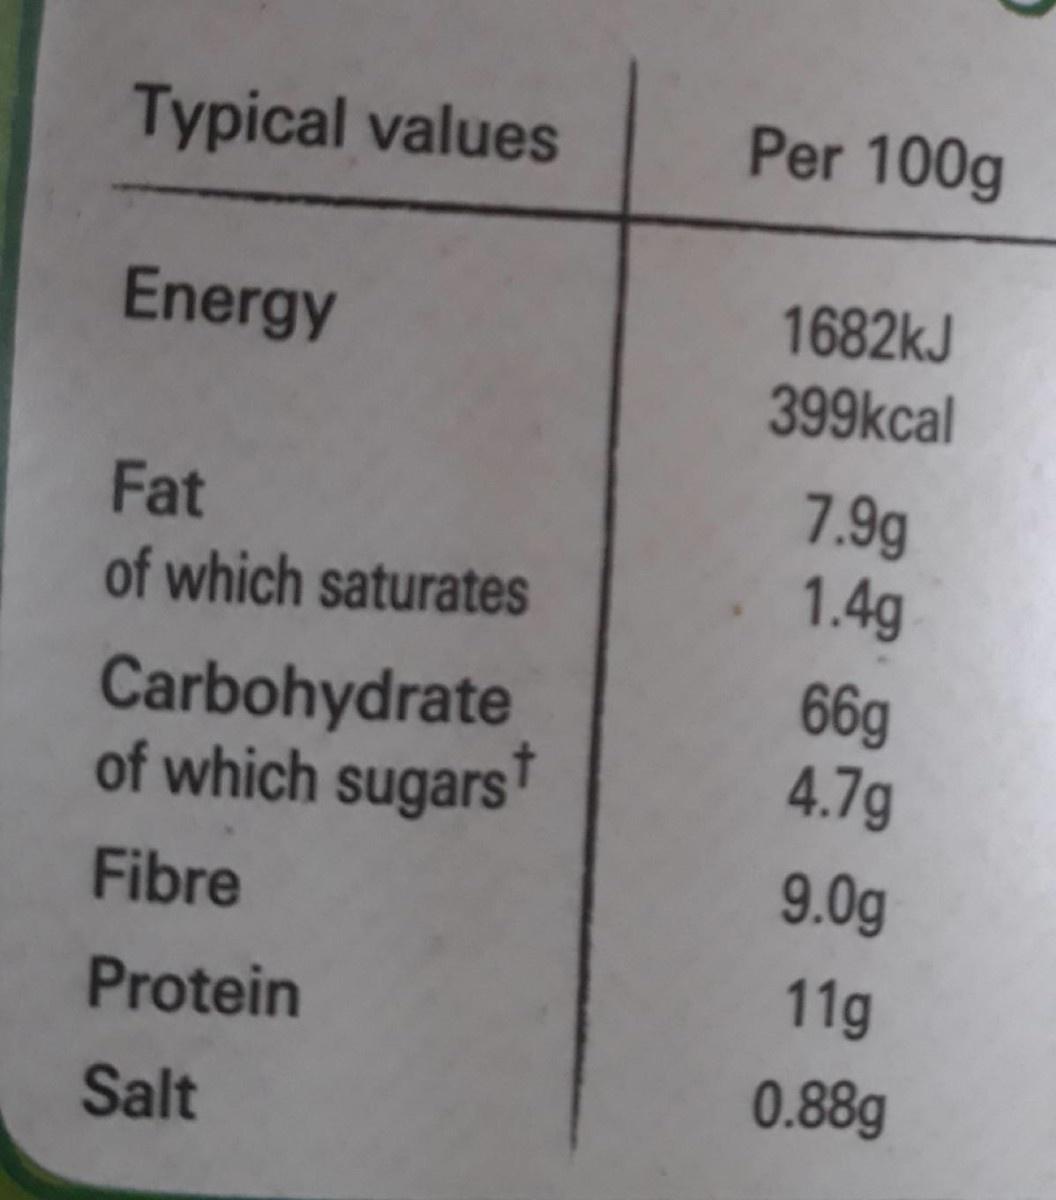
Typical values
Per 100g
Energy
1682kJ
399kcal
7.9g 1.4g
Fat
of which saturates
Carbohydrate of which sugarsT
66g 4.7g
9.0g
Fibre
11g
Protein
0.88g
Salt